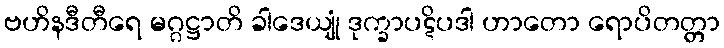
ဗဟိနဒီတီရေ မဂ္ဂဋ္ဌာတိ ခါဒေယျုံ ဒုက္ခာပဋိပဒါ ဟာတော ရောပိတတ္တာ